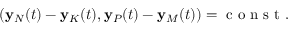
( { \bf y } _ { N } ( t ) - { \bf y } _ { K } ( t ) , { \bf y } _ { P } ( t ) - { \bf y } _ { M } ( t ) ) = \mathrm { ~ c ~ o ~ n ~ s ~ t ~ } .